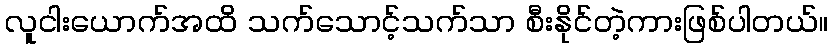
လူငါးယောက်အထိ သက်သောင့်သက်သာ စီးနိုင်တဲ့ကားဖြစ်ပါတယ်။